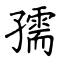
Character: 孺